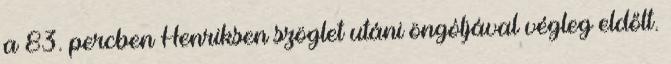
a 83. percben Henriksen szöglet utáni öngóljával végleg eldőlt.